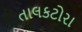
તાલકટોરા